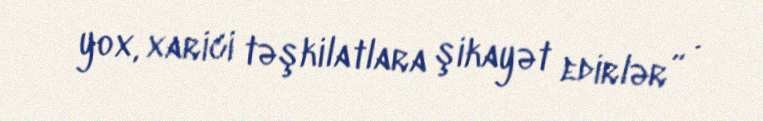
yox, xarici təşkilatlara şikayət edirlər” .